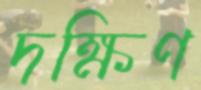
দক্ষিণ